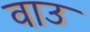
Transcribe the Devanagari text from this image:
वाउ